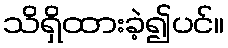
သိရှိထားခဲ့၍ပင်။